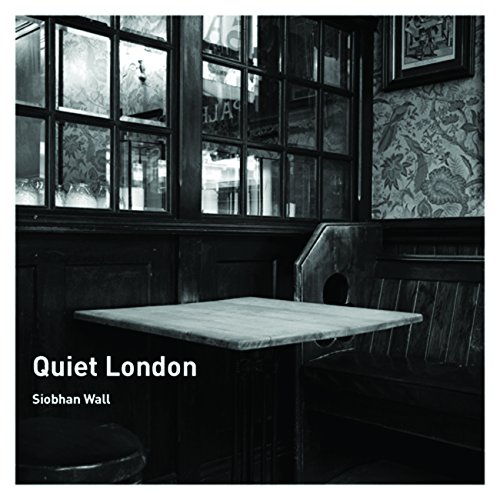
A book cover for Quiet London; Siobhan Wall; Travel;